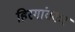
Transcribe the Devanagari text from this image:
हिरगांवकर